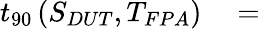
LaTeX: \begin{array}{rl}{t_{90}\left(S_{DUT},T_{FPA}\right)}&{{}=}\end{array}